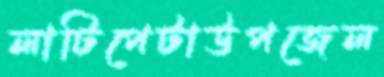
লাটিপেটাউপজেল